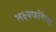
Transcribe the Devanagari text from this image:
लक्ष्मणरेषेचा